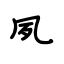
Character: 夙